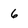
Character: 6